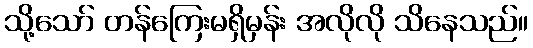
သို့သော် တန်ကြေးမရှိမှန်း အလိုလို သိနေသည်။